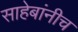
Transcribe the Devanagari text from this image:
साहेबांनीच